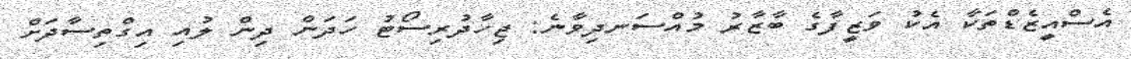
އެސްއީޒެޑްތަކާ އެކު ވަޒީފާގެ ބާޒާރު މުއްސަނދިވާނެ: ޖިހާދުރިސޯޓު ހަދަން ދިން ލުއި އިގްތިސާދަށް